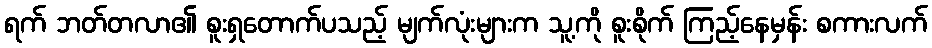
ရက် ဘတ်တလာ၏ စူးရှတောက်ပသည့် မျက်လုံးများက သူ့ကို စူးစိုက် ကြည့်နေမှန်း စကားလက်